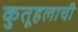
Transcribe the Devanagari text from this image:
कुतूहलाची